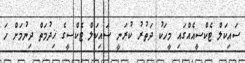
ސައިކަލް ޓެކްސީއެއްގައި މީހަކު ދަތުރު ކުރަނީ ސައިކަލް ޓެކްސީގެ ޚިދުމަތް ދިނުމަށް ހަ